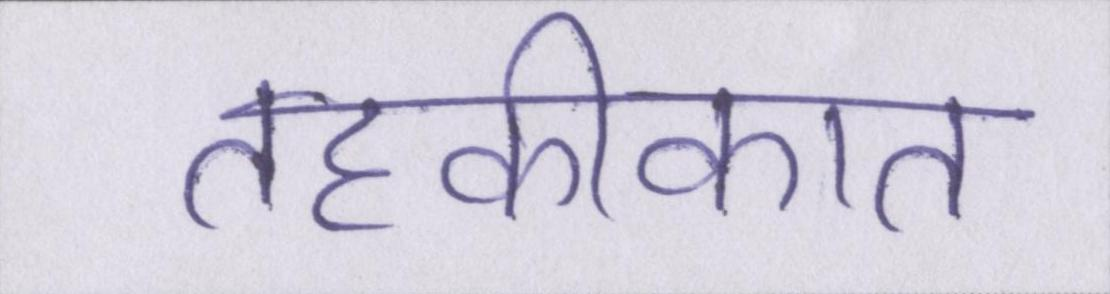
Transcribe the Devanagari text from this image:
तहकीकात